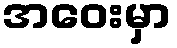
အဝေးမှာ